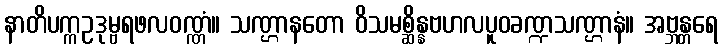
နာတိပက္ကဥဒုမ္ဗရဖလဝဏ္ဏံ။ သဏ္ဌာနတော ဝိသမစ္ဆိန္နဗဟလပူဝခဏ္ဍသဏ္ဌာနံ။ အဗ္ဘန္တရေ